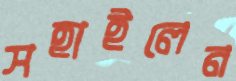
সহাইলেন